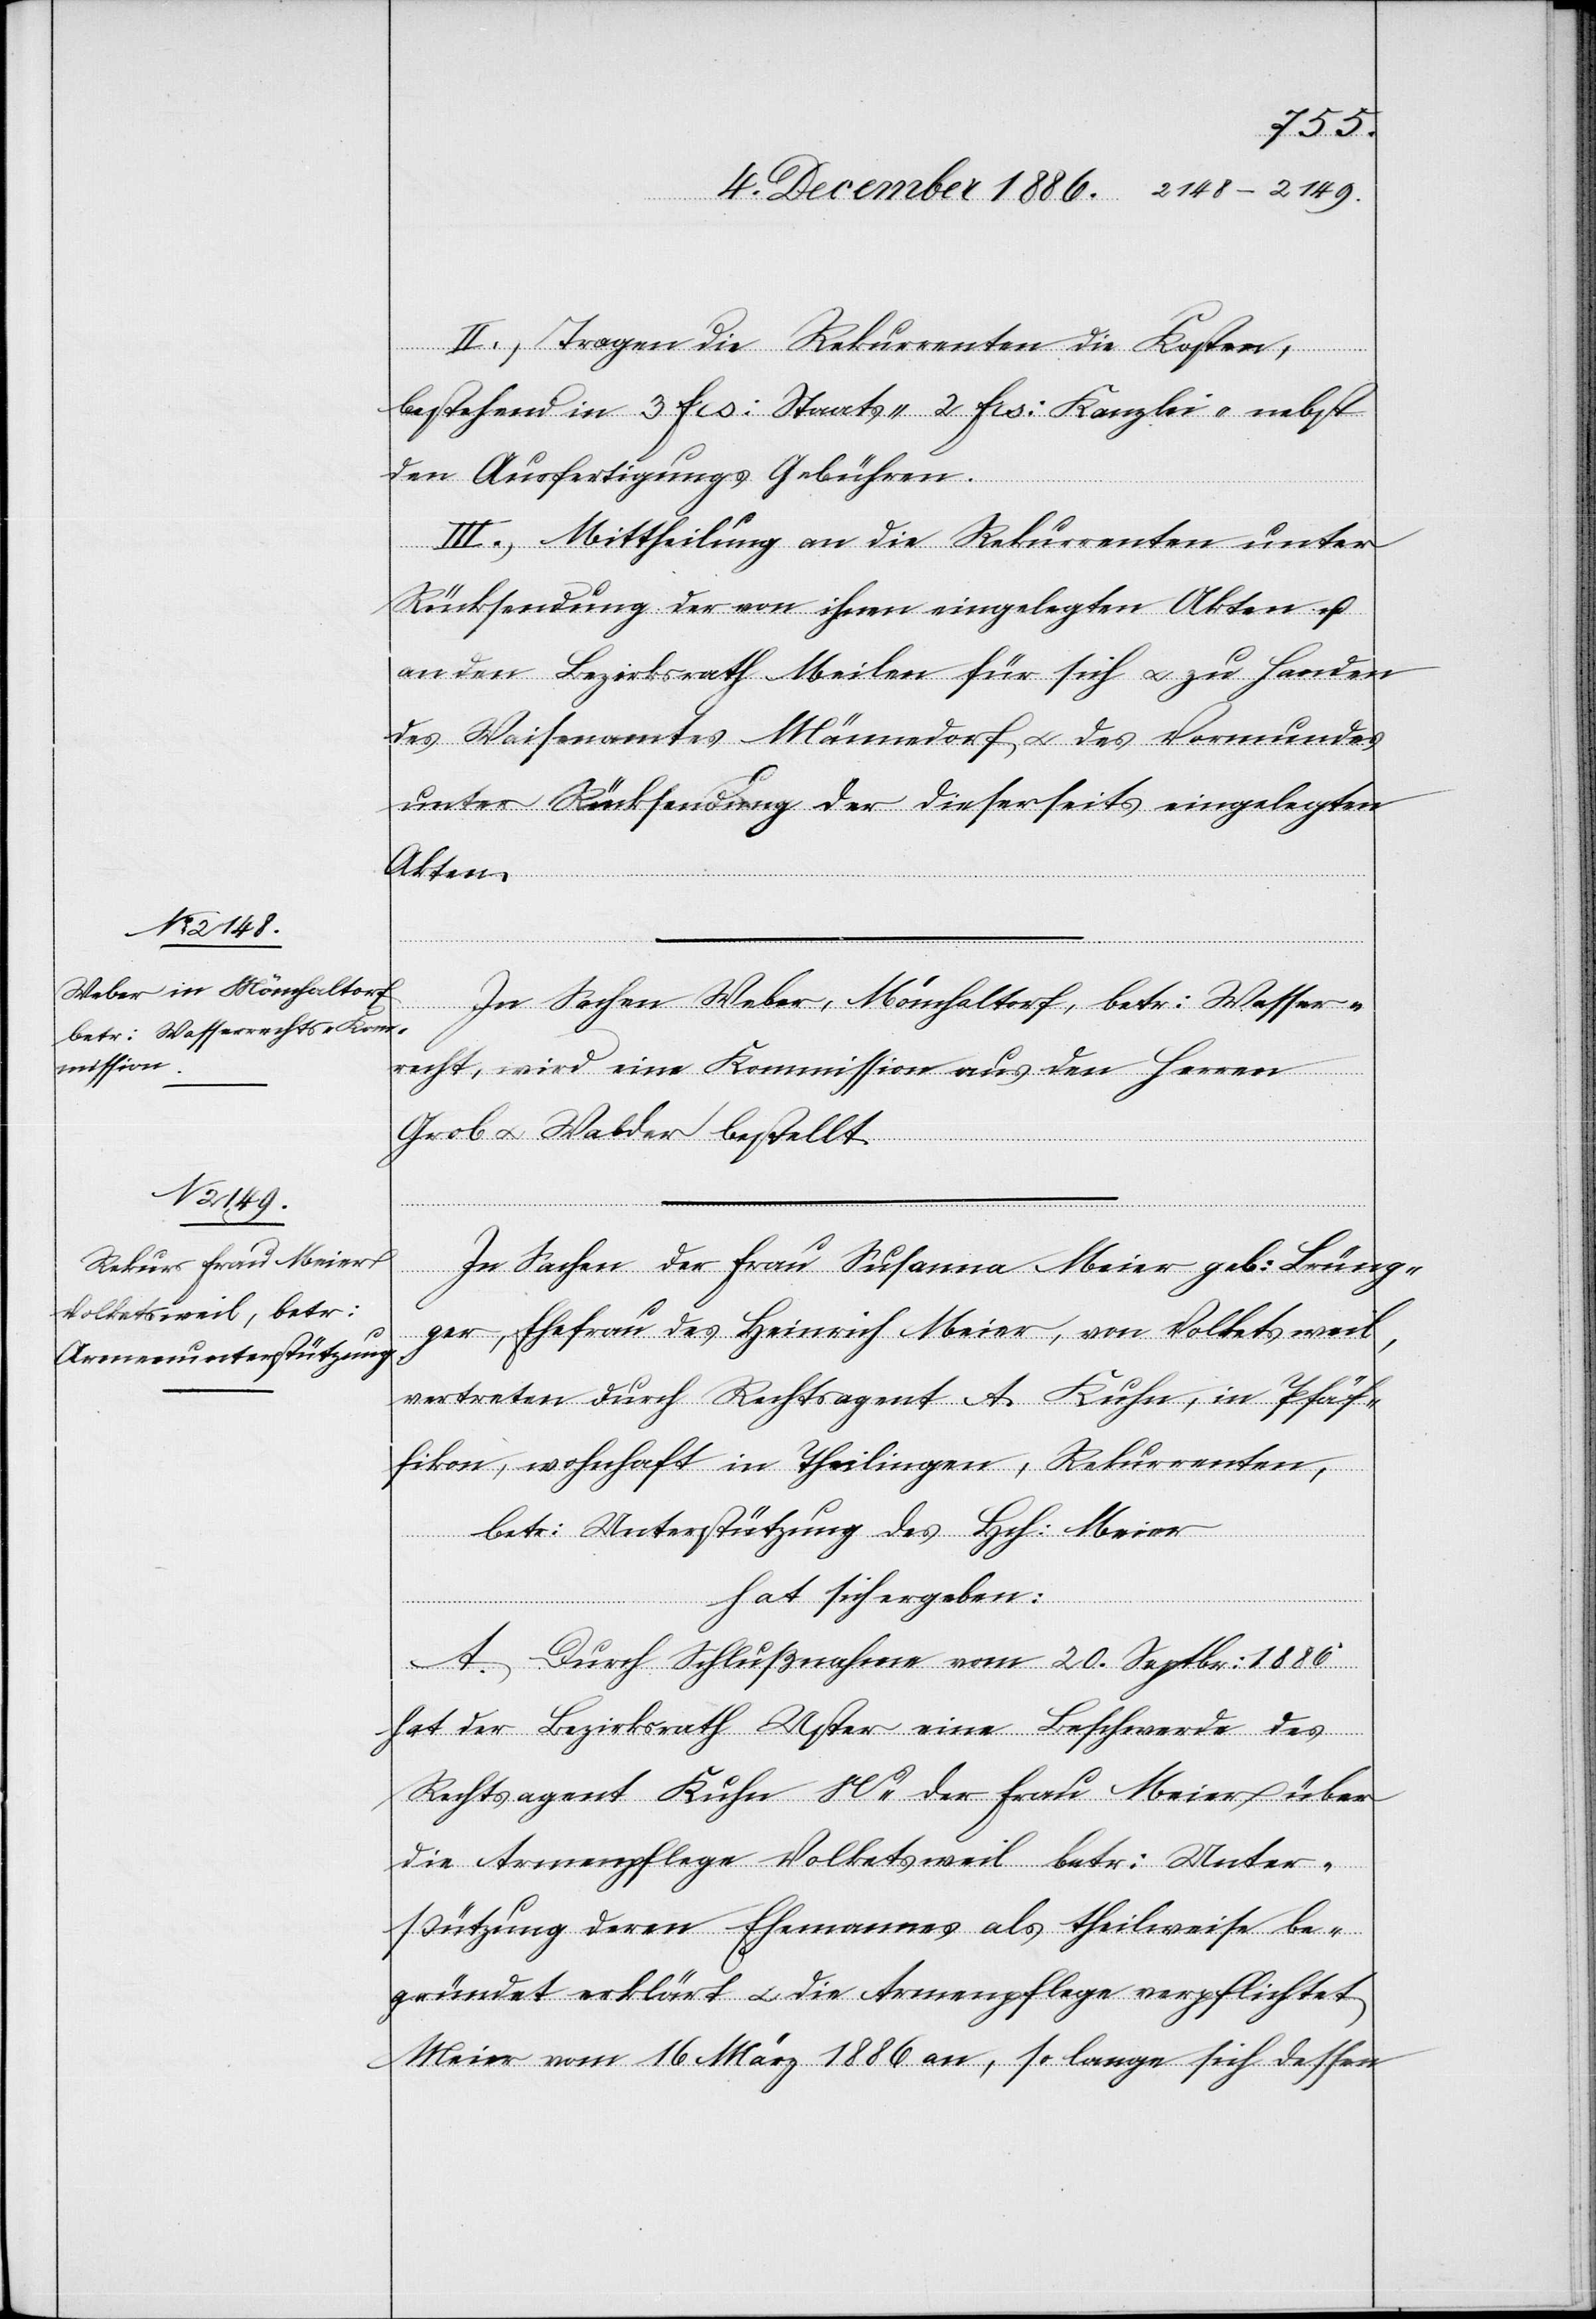
II.) Tragen die Rekurrenten die Kosten,
bestehend in 3 Frs. Staats-, 2 Frs. Kanzlei- nebst
den Ausfertigungs Gebühren
III.) Mittheilung an die Rekurrenten unter
Rücksendung der von ihnen eingelegten Akten u.
an den Bezirksrath Meilen für sich & zu Handen
des Waisenamtes Männedorf & des Vormundes
unter Rücksendung der dieserseits eingelegten
Akten.
In Sachen Weber, Mönchaltorf, betr. Wasser¬
recht, wird eine Kommission aus den Herren
Grob & Walder bestellt.
In Sachen der Frau Susanna Meier geb. Brüng¬
ger, Ehefrau des Heinrich Meier, von Volketsweil,
vertreten durch Rechtsagent A. Kuhn, in Pfäf¬
fikon, wohnhaft in Theilingen, Rekurrenten,
betr. Unterstützung des Hch. Meier
hat sich ergeben:
A. Durch Schlußnahme vom 20. Septbr. 1886
hat der Bezirksrath Uster eine Beschwerde des
Rechtsagent Kuhn Ns der Frau Meier über
die Armenpflege Volketsweil betr. Unter¬
stützung deren Ehemannes als theilweise be¬
gründet erklärt & die Armenpflege verpflichtet
Meier vom 16. März 1886 an, so lange sich dessen